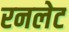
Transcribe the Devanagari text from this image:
रनलेट